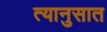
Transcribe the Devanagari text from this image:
त्यानुसात